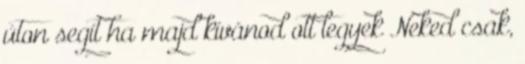
úton segít ha majd kívánod ott legyek Neked csak,